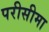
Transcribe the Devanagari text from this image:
परीसीमा